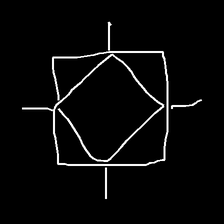
Glyph: light